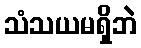
သံသယမရှိဘဲ